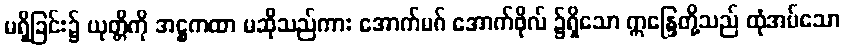
မရှိခြင်း၌ ယုတ္တိကို အဋ္ဌကထာ မဆိုသည်ကား အောက်မဂ် အောက်ဖိုလ် ၌ရှိသော ဣန္ဒြေတို့သည် ထုံအပ်သော